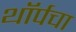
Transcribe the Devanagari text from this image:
थॉर्पचा